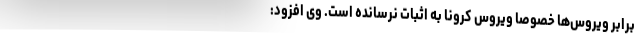
برابر ویروس‌ها خصوصاً ویروس کرونا به اثبات نرسانده است. وی افزود: